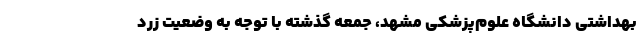
بهداشتی دانشگاه علوم‌پزشکی مشهد، جمعه گذشته با توجه‌ به وضعیت زرد